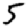
Digit: 5